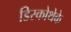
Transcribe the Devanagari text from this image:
डिस्कोथेके